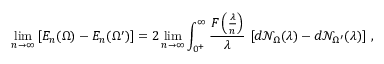
\operatorname* { l i m } _ { n \to \infty } \left[ E _ { n } ( \Omega ) - E _ { n } ( \Omega ^ { \prime } ) \right] = 2 \operatorname* { l i m } _ { n \to \infty } \int _ { 0 ^ { + } } ^ { \infty } \frac { F \left( \frac { \lambda } { n } \right) } { \lambda } \, \left[ d \mathcal { N } _ { \Omega } ( \lambda ) - d \mathcal { N } _ { \Omega ^ { \prime } } ( \lambda ) \right] \, ,